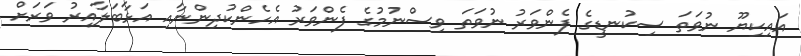
އައިކިޔޫ ނުވަތަ ސިކުނޑީގެ ފެންވަރު ނުވަތަ ވިސްނުމުގެ ފެންވަރު އެހެންކުދިންނާއި އަޅާބަލާއިރު ވަރަށް